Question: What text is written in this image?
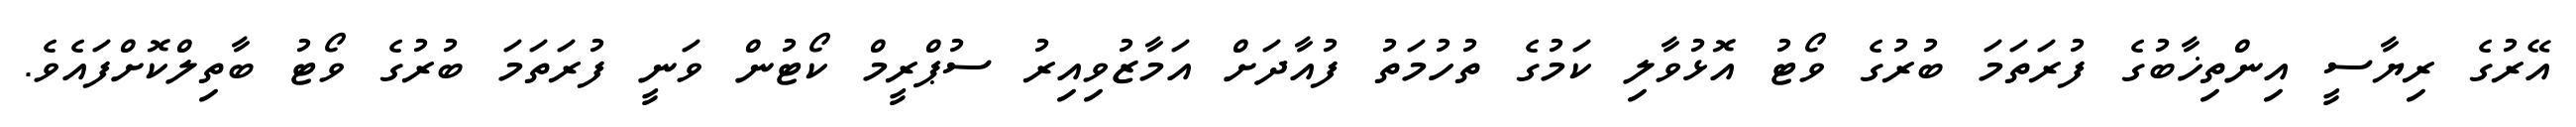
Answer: އޭރުގެ ރިޔާސީ އިންތިޚާބުގެ ފުރަތަމަ ބުރުގެ ވޯޓު އޮޅުވާލި ކަމުގެ ތުހުމަތު ފުއާދަށް އަމާޒުވިއިރު ސުޕްރީމް ކޯޓުން ވަނީ ފުރަތަމަ ބުރުގެ ވޯޓު ބާތިލްކޮށްފައެވެ.